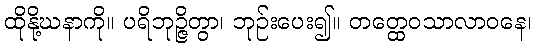
ထိုနို့ဃနာကို။ ပရိဘုဉ္ဇိတွာ၊ ဘုဉ်းပေး၍။ တတ္ထေဝသာလာဝနေ၊